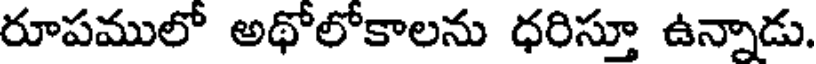
రూపములో అథోలోకాలను ధరిస్తూ ఉన్నాడు.